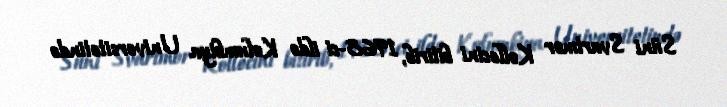
Süni Svartmor Kollecini bitirib, 1968-ci ildə Kolumbiya Universitetində